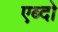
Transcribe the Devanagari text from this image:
एब्दो